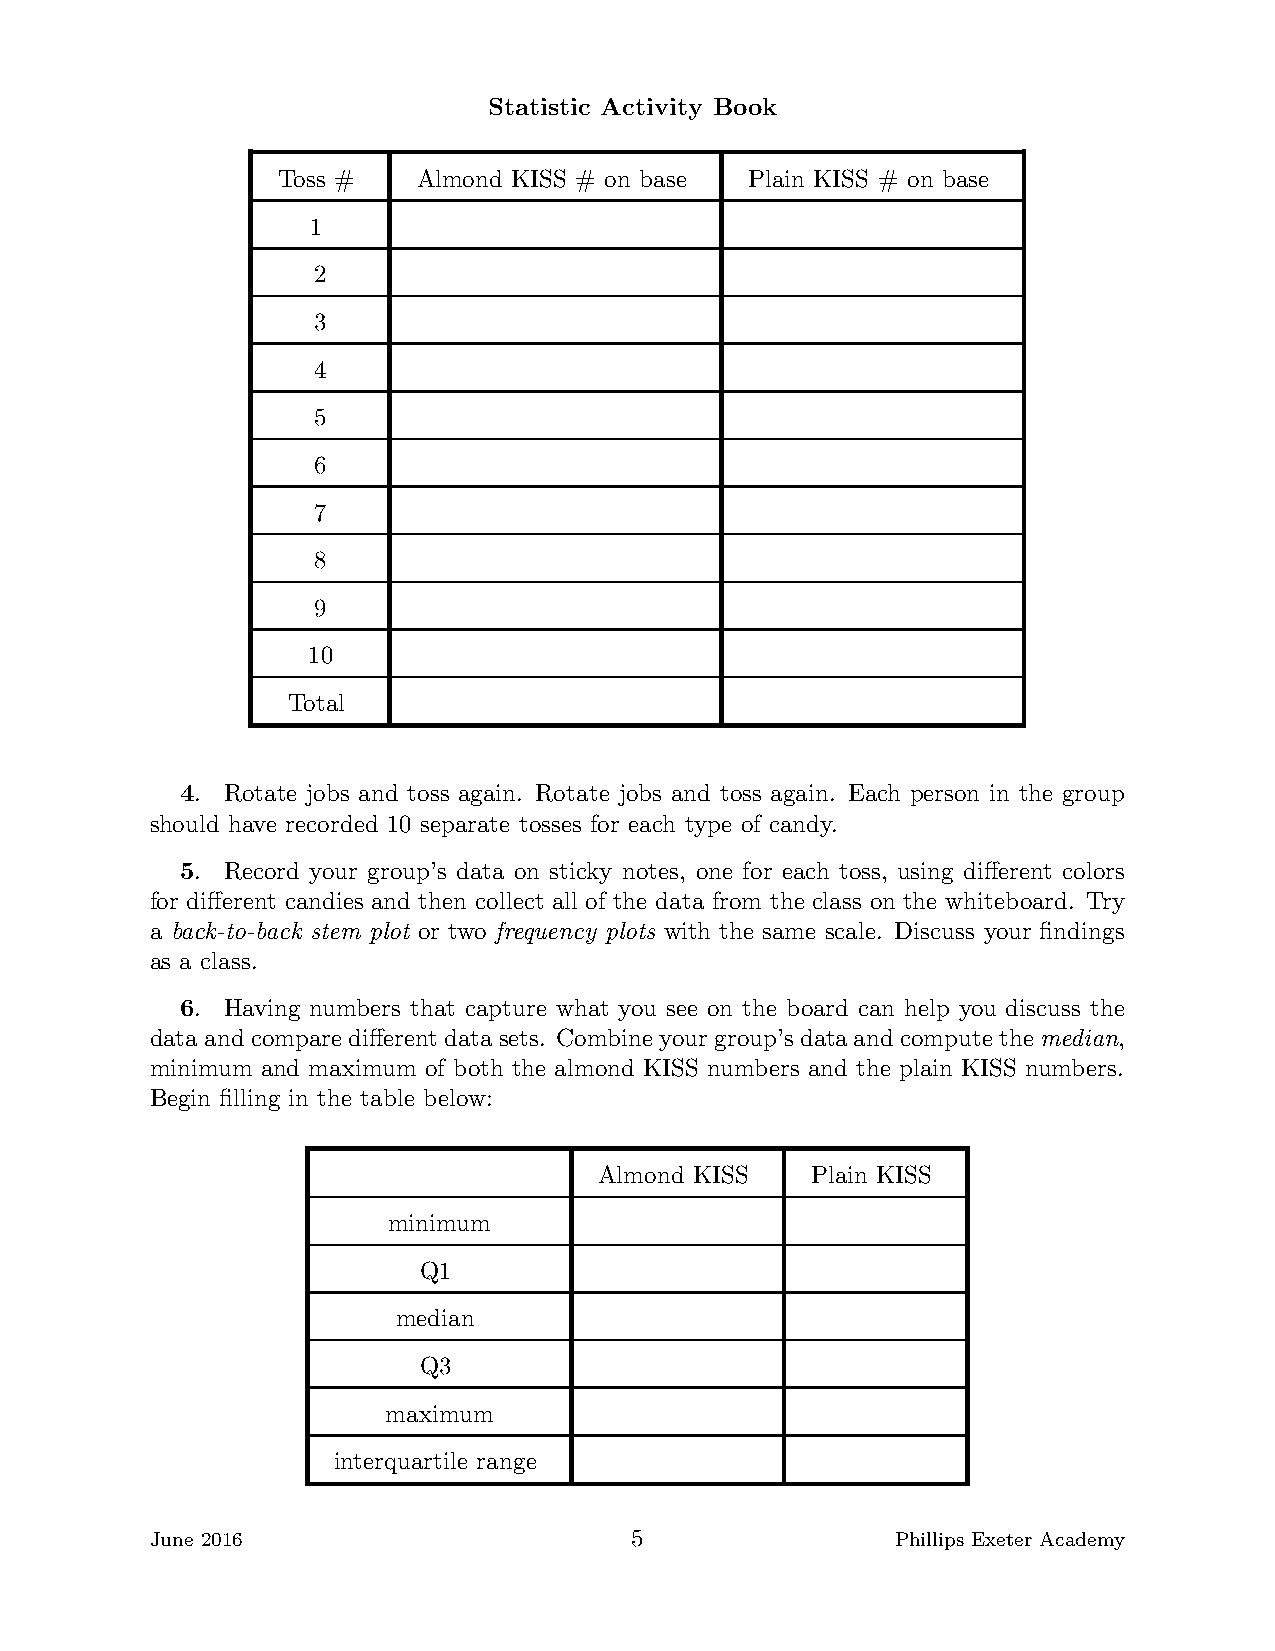
Statistic Activity Book
 Toss #    Almond KISS # on base Plain KISS # on base
 1
 2
 3
 4
 5
 6
 7
 8
 9
 10
 Total
 4. Rotate jobs and toss again. Rotate jobs and toss again. Each person in the group
 should have recorded 10 separate tosses for each type of candy.
 5. Record your group’s data on sticky notes, one for each toss, using different colors
 for different candies and then collect all of the data from the class on the whiteboard. Try
 a back-to-back stem plot or two frequency plots with the same scale. Discuss your findings
 as a class.
 6. Having numbers that capture what you see on the board can help you discuss the
 data andcompare different data sets. Combineyour group’s dataand computethe median,
 minimum and maximum of both the almond KISS numbers and the plain KISS numbers.
 Begin filling in the table below:
 Almond KISS   Plain KISS
 minimum
 Q1
 median
 Q3
 maximum
 interquartile range
 June 2016                       5                Phillips Exeter Academy